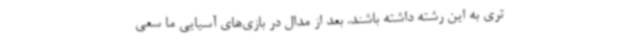
تری به این رشته داشته باشند. بعد از مدال در بازی‌های آسیایی ما سعی